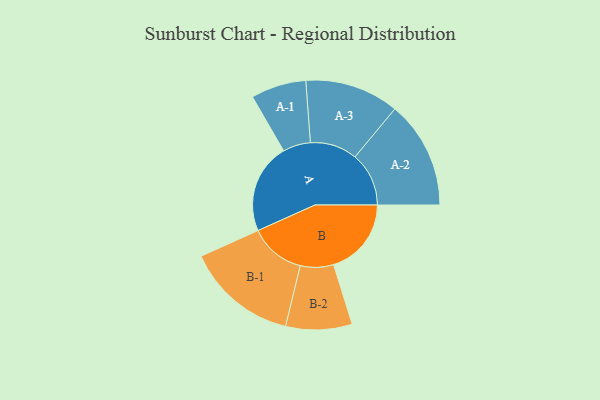
{"axis": {"x": "Segment", "y": "Value"}, "legend": ["", "A", "B"], "data": [{"x": "A", "y": 440, "type": ""}, {"x": "B", "y": 380, "type": ""}, {"x": "A-1", "y": 135, "type": "A"}, {"x": "A-2", "y": 263, "type": "A"}, {"x": "A-3", "y": 230, "type": "A"}, {"x": "B-1", "y": 273, "type": "B"}, {"x": "B-2", "y": 162, "type": "B"}]}